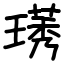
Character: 璓